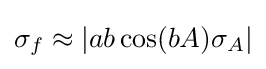
\sigma _{f}\approx \left|ab\cos(bA)\sigma _{A}\right|